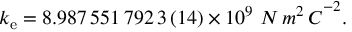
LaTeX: k _ { \mathrm { e } } = 8 . 9 8 7 \, 5 5 1 \, 7 9 2 \, 3 \, ( 1 4 ) \times 1 0 ^ { 9 } \ { N \, m ^ { 2 } \, C } ^ { - 2 } .